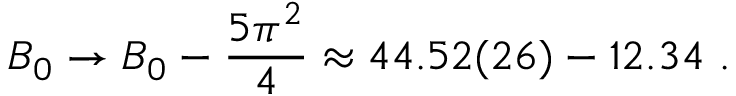
B _ { 0 } \rightarrow B _ { 0 } - \frac { 5 \pi ^ { 2 } } { 4 } \approx 4 4 . 5 2 ( 2 6 ) - 1 2 . 3 4 \ .